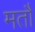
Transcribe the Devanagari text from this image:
मतौ